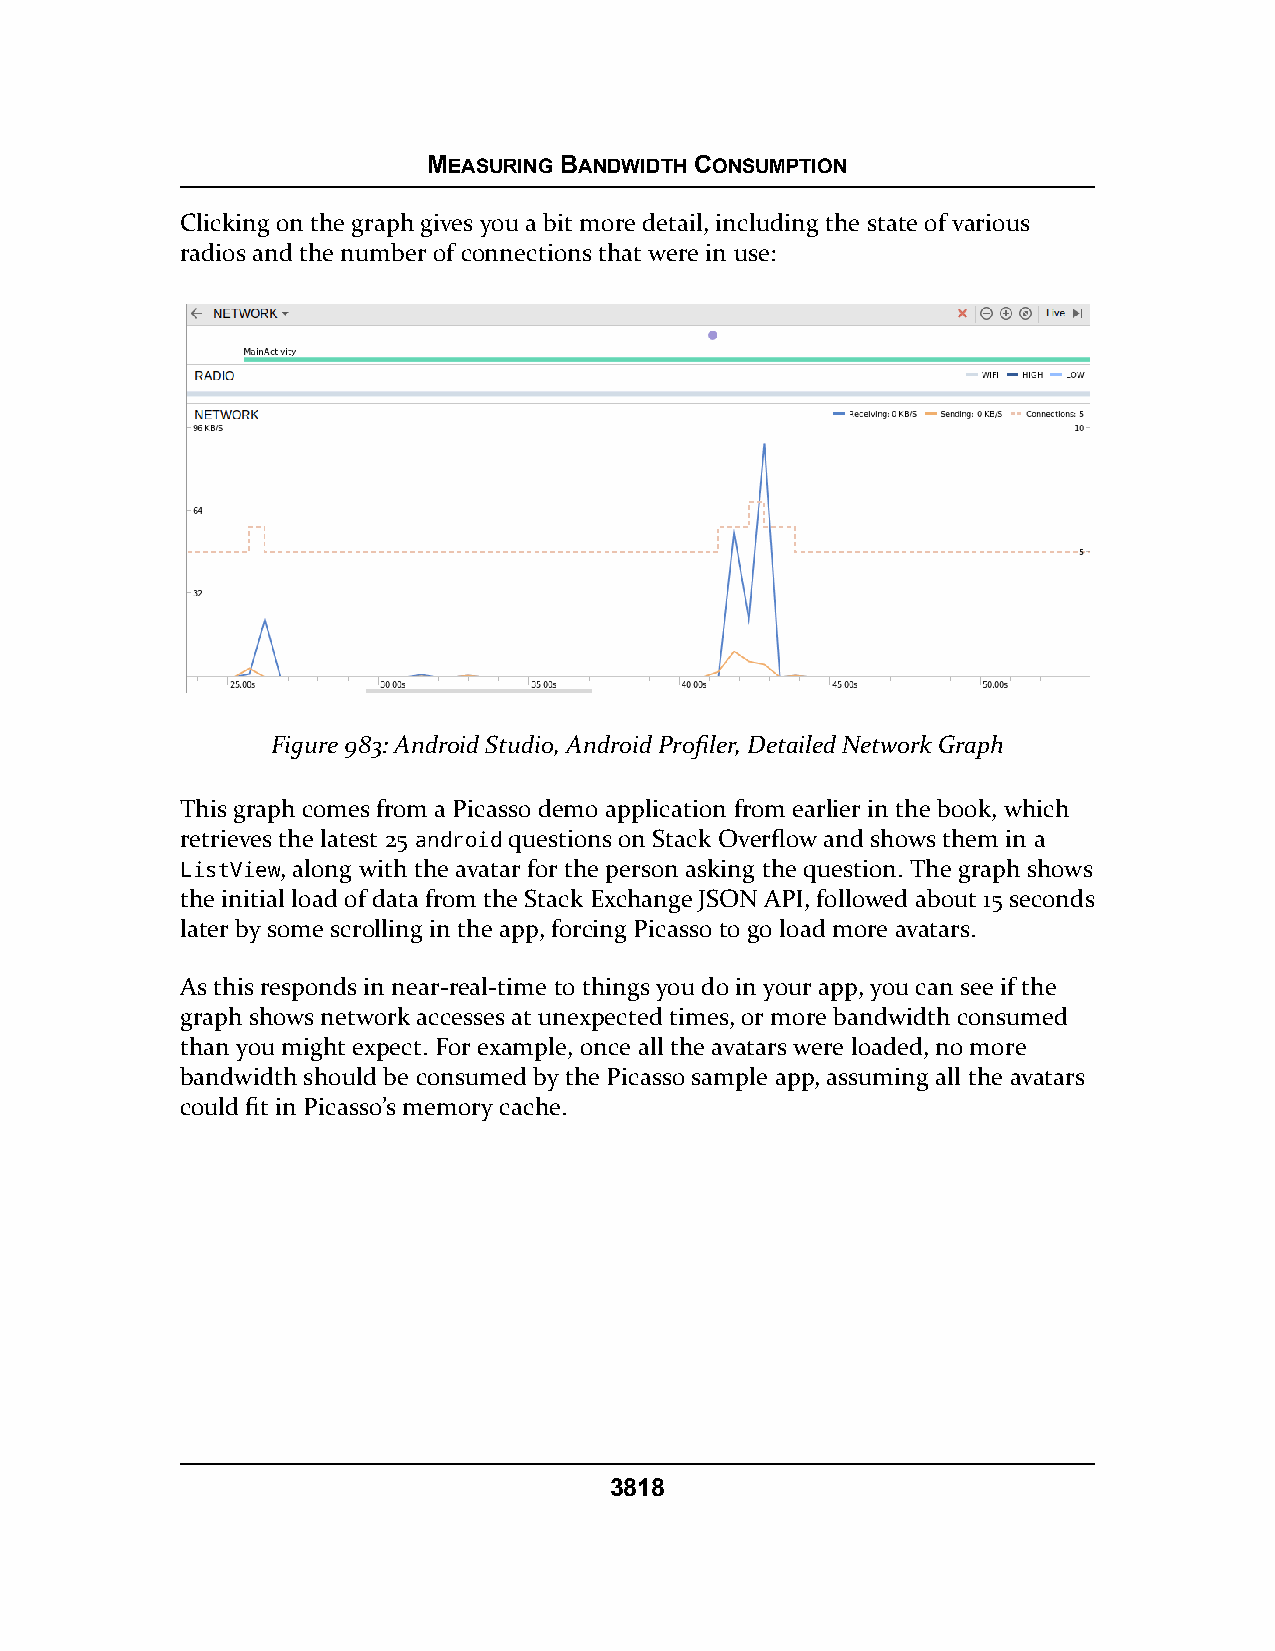
MEASURING BANDWIDTH CONSUMPTION
 Clicking on the graph gives you a bit more detail, including the state of various
 radios and the number of connections that were in use:
 Figure 983: Android Studio, Android Profiler, Detailed Network Graph
 This graph comes from a Picasso demo application from earlier in the book, which
 retrieves the latest 25 android questions on Stack Overflow and shows them in a
 ListView, along with the avatar for the person asking the question. The graph shows
 the initial load of data from the Stack Exchange JSON API, followed about 15 seconds
 later by some scrolling in the app, forcing Picasso to go load more avatars.
 As this responds in near-real-time to things you do in your app, you can see if the
 graph shows network accesses at unexpected times, or more bandwidth consumed
 than you might expect. For example, once all the avatars were loaded, no more
 bandwidth should be consumed by the Picasso sample app, assuming all the avatars
 could fit in Picasso’s memory cache.
 3818